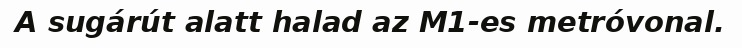
A sugárút alatt halad az M1-es metróvonal.